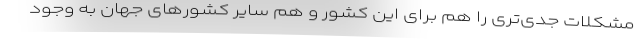
مشکلات جدی‌تری را هم برای این کشور و هم سایر کشورهای جهان به وجود